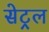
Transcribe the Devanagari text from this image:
सेट्रल